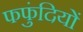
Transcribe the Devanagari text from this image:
फफुंदियों